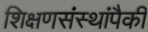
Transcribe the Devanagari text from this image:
शिक्षणसंस्थांपैकी